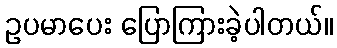
ဥပမာပေး ပြောကြားခဲ့ပါတယ်။